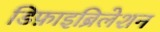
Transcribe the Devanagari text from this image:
डिफ़ाइब्रिलेशन